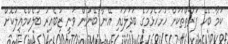
ކަމާ ބެހޭ ފަރާތްތަކަށް ހުށަހެޅުމުގެ ބަދަލުގައި އޭނާ ބޭނުން ވަނީ ޒުބެއިރު ބުލެކްމެއިލުކޮށް